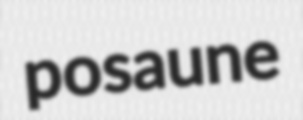
posaune